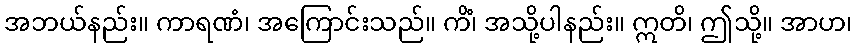
အဘယ်နည်း။ ကာရဏံ၊ အကြောင်းသည်။ ကိံ၊ အသို့ပါနည်း။ ဣတိ၊ ဤသို့။ အာဟ၊